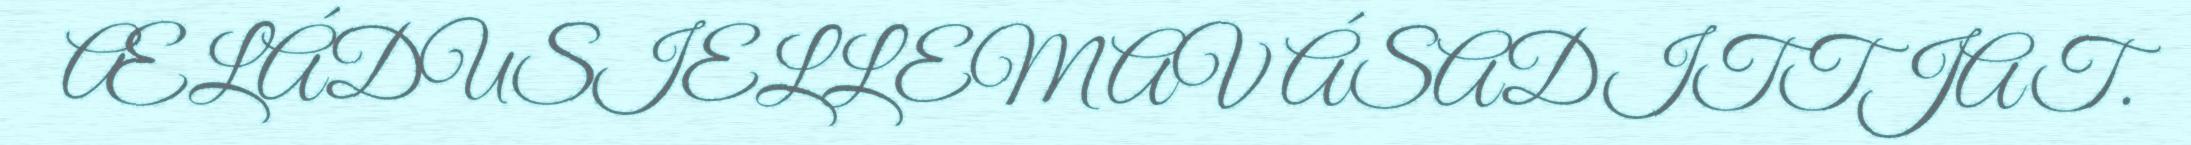
ÆLÁDUSIELLEMAV ÁSADITTJAT.